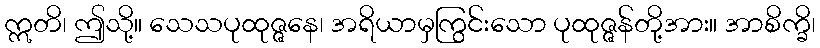
ဣတိ၊ ဤသို့။ သေသပုထုဇ္ဇနေ၊ အရိယာမှကြွင်းသော ပုထုဇ္ဇန်တို့အား။ အာစိက္ခိ၊